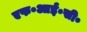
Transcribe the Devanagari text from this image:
एफ॰आई॰सी॰